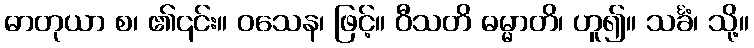
ဓာတုယာ စ၊ ၏၎င်း။ ဝသေန၊ ဖြင့်။ ဝီသတိ ဓမ္မာတိ၊ ဟူ၍။ သင်္ခံ၊ သို့။